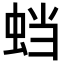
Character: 𬠅